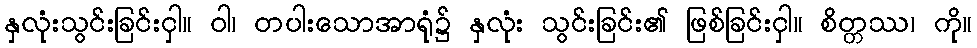
နှလုံးသွင်းခြင်းငှါ။ ဝါ၊ တပါးသောအာရုံ၌ နှလုံး သွင်းခြင်း၏ ဖြစ်ခြင်းငှါ။ စိတ္တဿ၊ ကို။